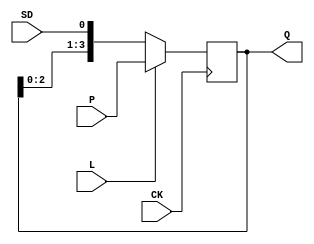
// This program was cloned from: https://github.com/furrtek/Arcade-TMNT_MiSTer
// License: GNU General Public License v2.0

// Fujitsu AV cell
// 4-bit Shift Register With Synchronous Load
// furrtek 2022

`timescale 1ns/100ps

module FS2(
	input CK,
	input [3:0] P,
	input SD, L,
	output reg [3:0] Q = 4'd0
);

	always @(negedge CK)
	begin
		if (L)
			Q <= #1 P;					// Load tmax = ?
		else
			Q <= #1 {Q[2:0], SD};	// Shift tmax = 7.9ns
	end

endmodule